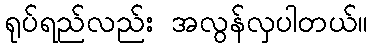
ရုပ်ရည်လည်း အလွန်လှပါတယ်။